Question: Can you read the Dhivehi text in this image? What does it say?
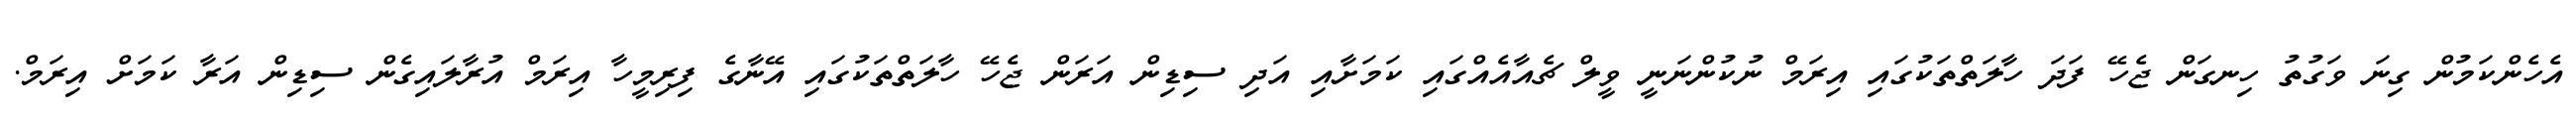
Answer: އެހެންކަމުން ގިނަ ވަގުތު ހިނގަން ޖެހޭ ފަދަ ހާލަތްތަކުގައި އިރަމް ނުކުންނަނީ ވީލް ޗެއާއެއްގައި ކަމަށާއި އަދި ސިޑިން އަރަން ޖެހޭ ހާލަތްތަކުގައި އޭނާގެ ފިރިމީހާ އިރަމް އުރާލައިގެން ސިޑިން އަރާ ކަމަށް އިރަމް.